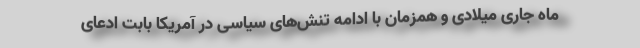
ماه جاری میلادی و همزمان با ادامه تنش‌های سیاسی در آمریکا بابت ادعای